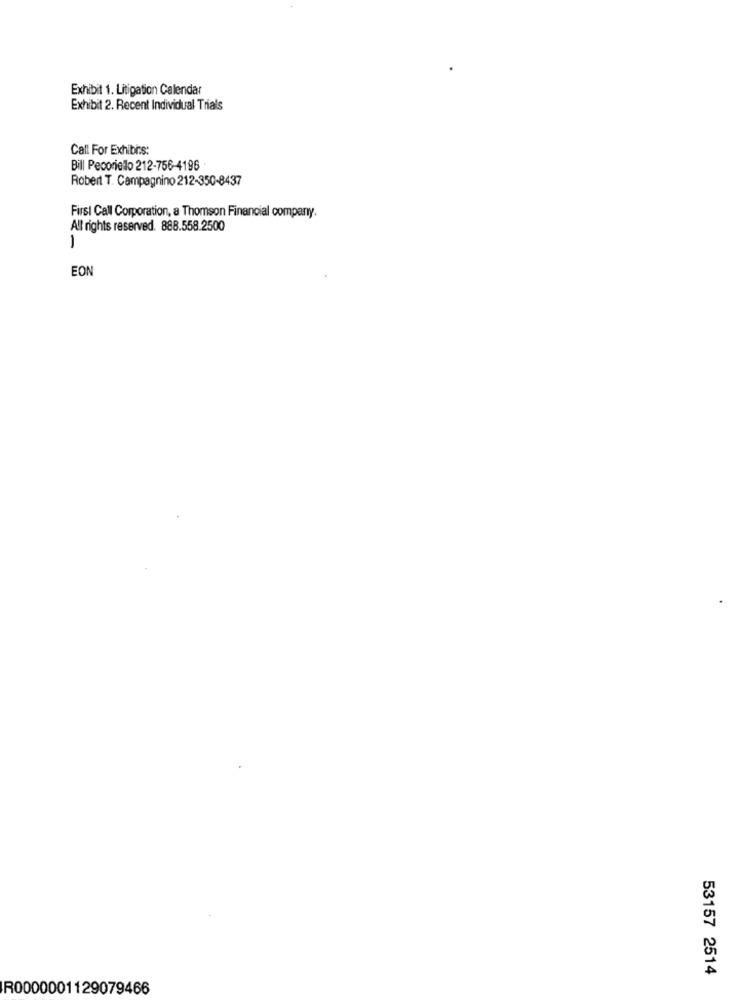
Exhibit 1. Litigation Calendar
Exhibit 2. Recent Individual Trials
Call For Exhibies:
Bill Pecoriello 212-756-4196
Robert T. Campagnino 212-350-8437
First Call Corporation, a Thomson Financial company.
All rights reserved. 888.558.2500
1
EON
53157 2514
R0000001129079466